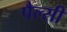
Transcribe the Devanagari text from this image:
पैल्सी